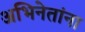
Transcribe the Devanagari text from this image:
अभिनेतांना